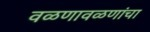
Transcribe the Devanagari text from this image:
वळणावळणांचा